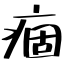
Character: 痼